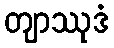
တျာဿုဒံ